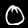
Digit: 0